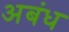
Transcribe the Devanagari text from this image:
अबंध